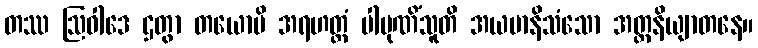
တဿ ဩဝါဒေ ဌတွာ တယောပိ အရဟတ္တံ ပါပုဏိံသူတိ အယမာနိသံသော အတ္တနိယျာတနေ။